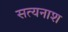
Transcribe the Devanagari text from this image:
सत्यनाश